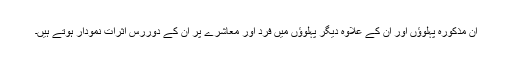
ان مذکورہ پہلوؤں اور ان کے علاوہ دیگر پہلوؤں میں فرد اور معاشرے پر ان کے دُوررس اثرات نمودار ہوتے ہیں۔